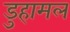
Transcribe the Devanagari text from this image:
डुहामल